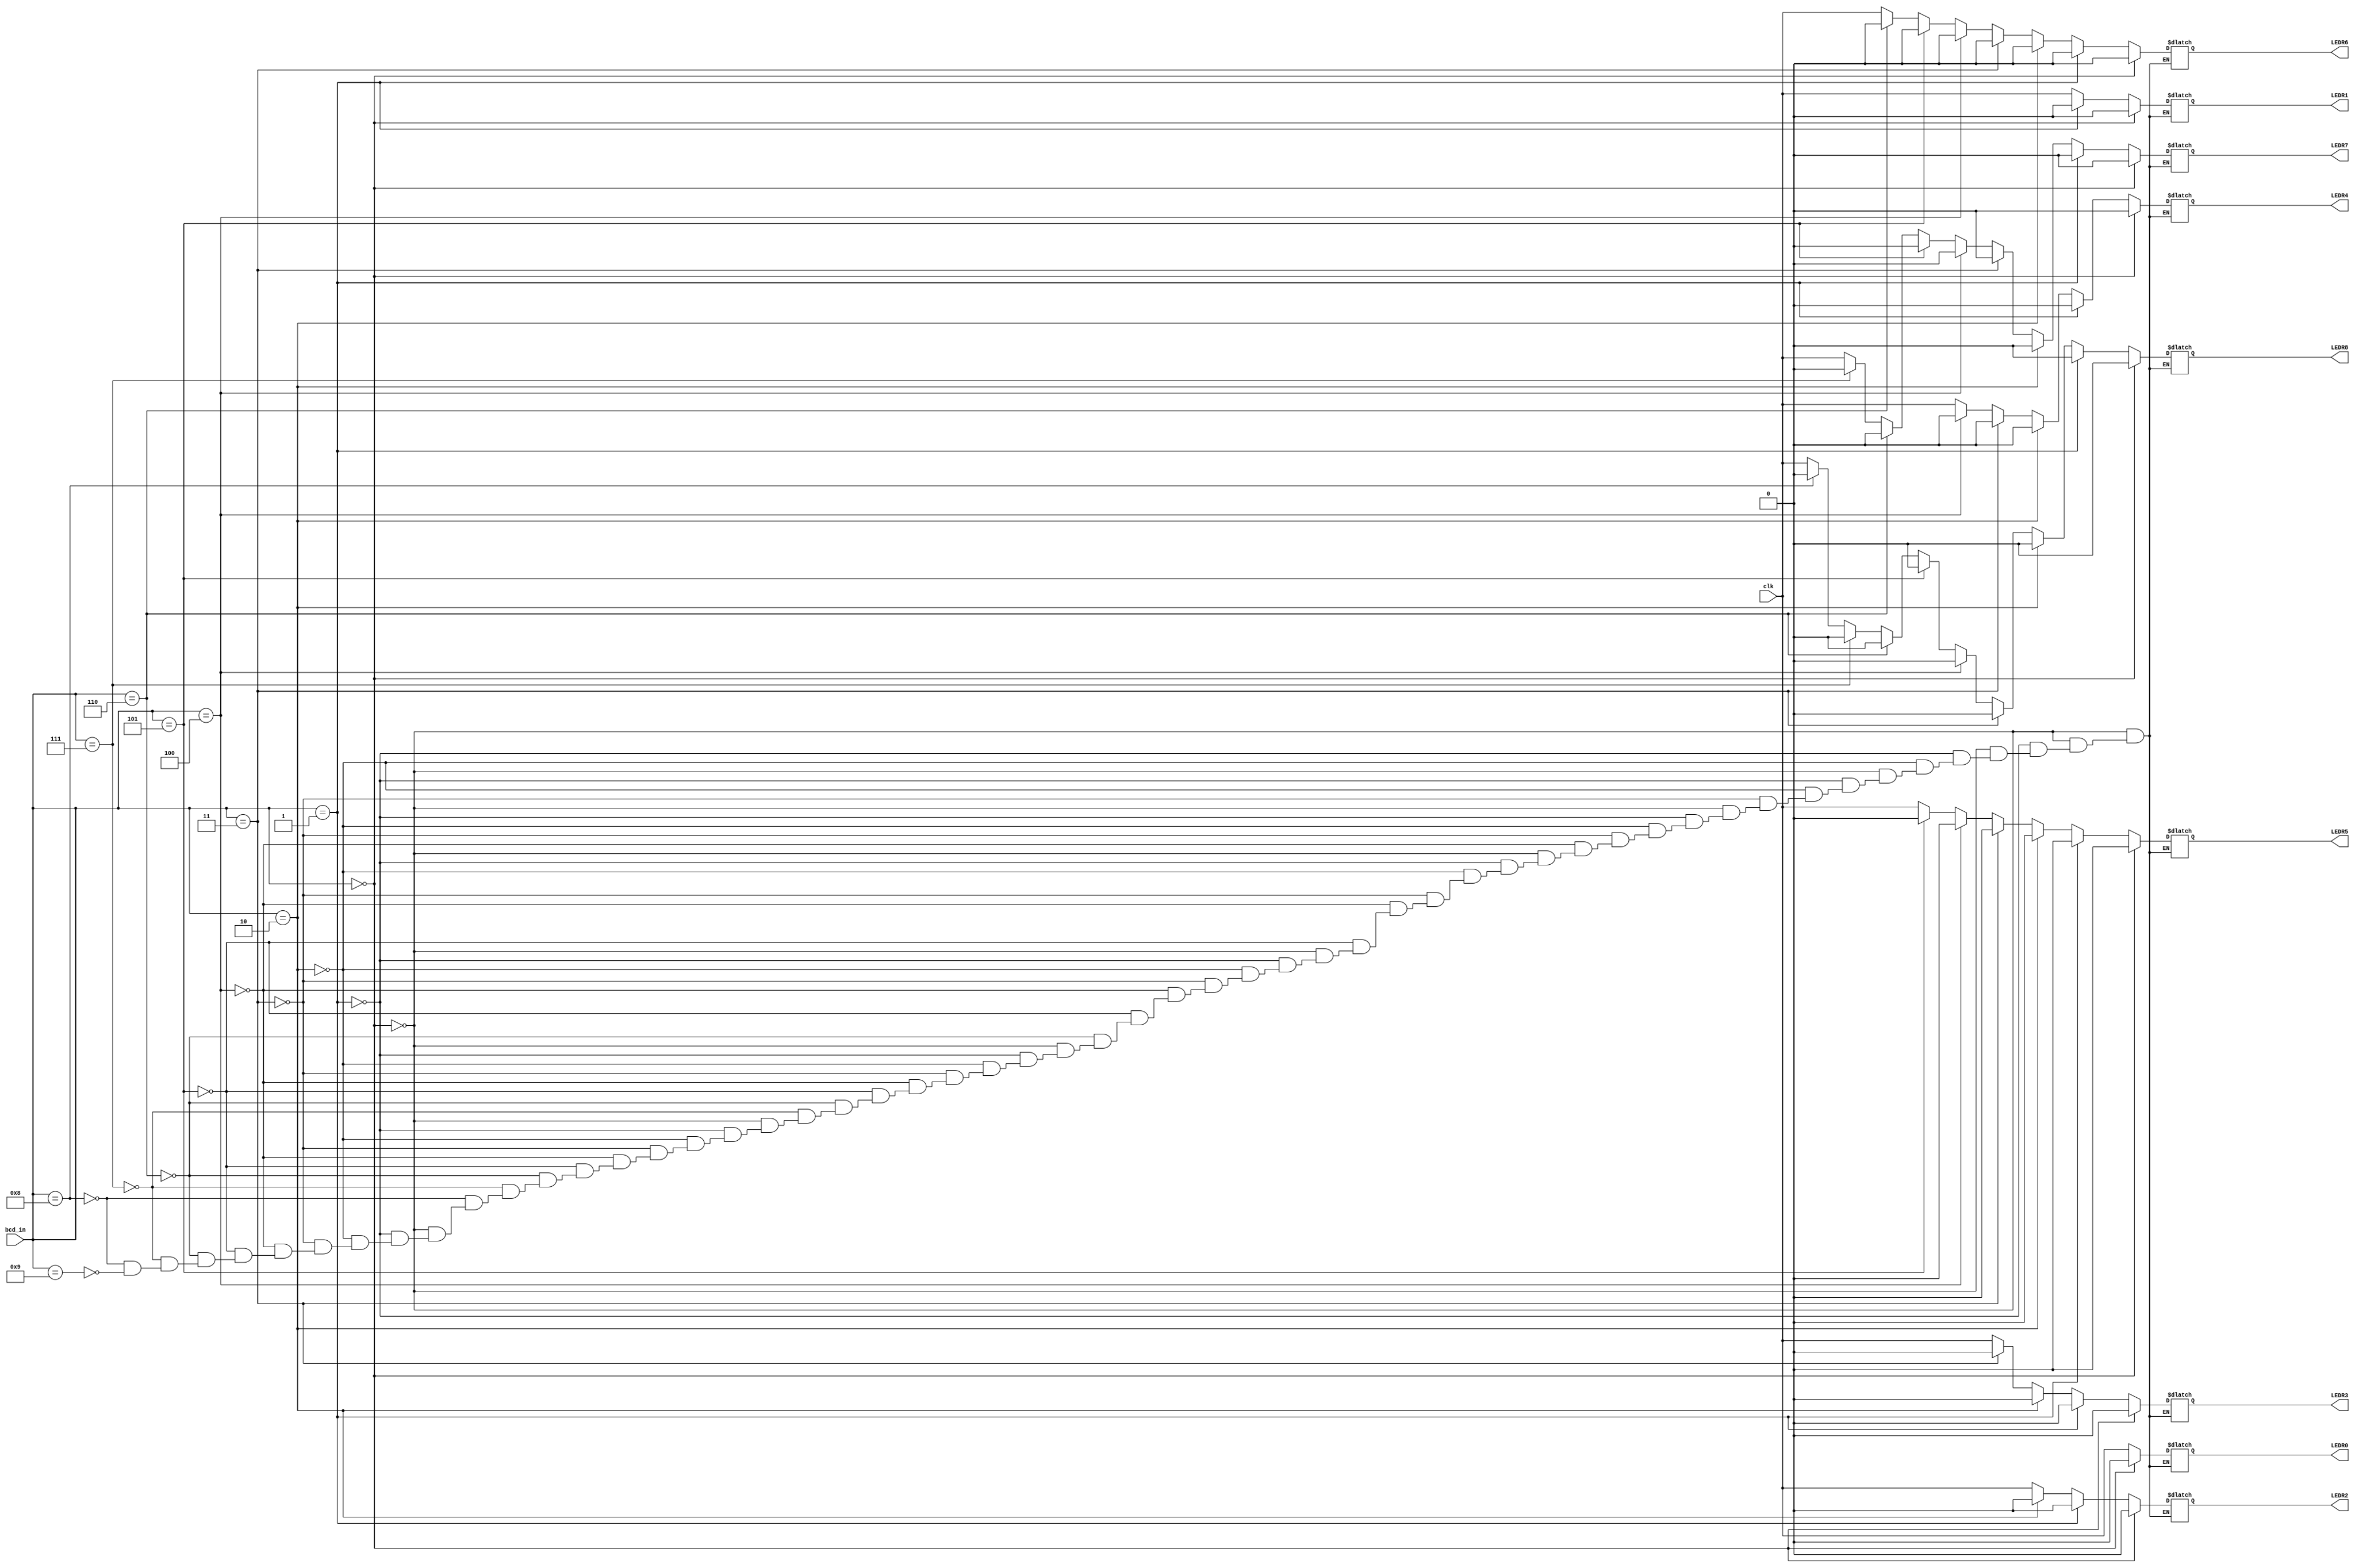
module led_counter_decoder(clk,bcd_in,LEDR0,LEDR1,LEDR2,LEDR3,LEDR4,LEDR5,LEDR6,LEDR7,LEDR8);
  
  output reg LEDR0;
  output reg LEDR1;
  output reg LEDR2;
  output reg LEDR3;
  output reg LEDR4;
  output reg LEDR5;
  output reg LEDR6;
  output reg LEDR7;
  output reg LEDR8;
  
  
  input clk;
  input [3:0] bcd_in;
  
  
 
  
  always @(bcd_in)
	begin
		if(bcd_in==0)
			begin
				LEDR0 <= 0;
				LEDR1 <= 0;
				LEDR2 <= 0;
				LEDR3 <= 0;
				LEDR4 <= 0;
				LEDR5 <= 0;
				LEDR6 <= 0;
				LEDR7 <= 0;
				LEDR8 <= 0;
			end
		else if(bcd_in ==1)
			begin
				LEDR0 = clk;
				LEDR1 = 0;
				LEDR2 = 0;
				LEDR3 = 0;
				LEDR4 = 0;
				LEDR5 = 0;
				LEDR6 = 0;
				LEDR7 = 0;
				LEDR8 = 0;
			end
		else if(bcd_in ==2)
			begin
				LEDR0 = clk;
				LEDR1 = clk;
				LEDR2 = 0;
				LEDR3 = 0;
				LEDR4 = 0;
				LEDR5 = 0;
				LEDR6 = 0;
				LEDR7 = 0;
				LEDR8 = 0;
			end
		else if(bcd_in ==3)
			begin
				LEDR0 = clk;
				LEDR1 = clk;
				LEDR2 = clk;
				LEDR3 = 0;
				LEDR4 = 0;
				LEDR5 = 0;
				LEDR6 = 0;
				LEDR7 = 0;
				LEDR8 = 0;
			end
		else if(bcd_in ==4)
			begin
				LEDR0 = clk;
				LEDR1 = clk;
				LEDR2 = clk;
				LEDR3 = clk;
				LEDR4 = 0;
				LEDR5 = 0;
				LEDR6 = 0;
				LEDR7 = 0;
				LEDR8 = 0;
			end
		else if(bcd_in ==5)
			begin
				LEDR0 = clk;
				LEDR1 = clk;
				LEDR2 = clk;
				LEDR3 = clk;
				LEDR4 = clk;
				LEDR5 = 0;
				LEDR6 = 0;
				LEDR7 = 0;
				LEDR8 = 0;
			end
		else if(bcd_in ==6)
			begin
				LEDR0 = clk;
				LEDR1 = clk;
				LEDR2 = clk;
				LEDR3 = clk;
				LEDR4 = clk;
				LEDR5 = clk;
				LEDR6 = 0;
				LEDR7 = 0;
				LEDR8 = 0;
			end
		else if(bcd_in ==7)
			begin
				LEDR0 = clk;
				LEDR1 = clk;
				LEDR2 = clk;
				LEDR3 = clk;
				LEDR4 = clk;
				LEDR5 = clk;
				LEDR6 = clk;
				LEDR7 = 0;
				LEDR8 = 0;
			end
			else if(bcd_in ==8)
			begin
				LEDR0 = clk;
				LEDR1 = clk;
				LEDR2 = clk;
				LEDR3 = clk;
				LEDR4 = clk;
				LEDR5 = clk;
				LEDR6 = clk;
				LEDR7 = clk;
				LEDR8 = 0;
			end
			else if(bcd_in ==9)
			begin
				LEDR0 = clk;
				LEDR1 = clk;
				LEDR2 = clk;
				LEDR3 = clk;
				LEDR4 = clk;
				LEDR5 = clk;
				LEDR6 = clk;
				LEDR7 = clk;
				LEDR8 = clk;
			end
			else;
	
	end

endmodule